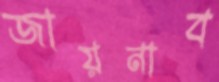
জায়নাব